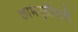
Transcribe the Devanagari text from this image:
कामपूर्तीसाठी